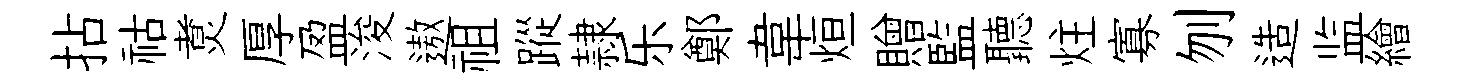
拈祜煑厚盈浚遨祖蹤隷乐鄭韋烜贈監聽炷寡刎造监繪